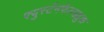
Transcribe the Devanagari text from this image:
फ्युर्स्टनफेल्डब्रुक